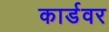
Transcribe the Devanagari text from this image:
कार्डवर